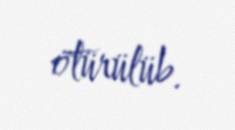
ötürülüb.